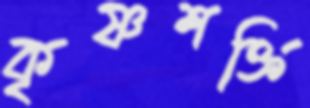
কৃষ্ণশক্তি